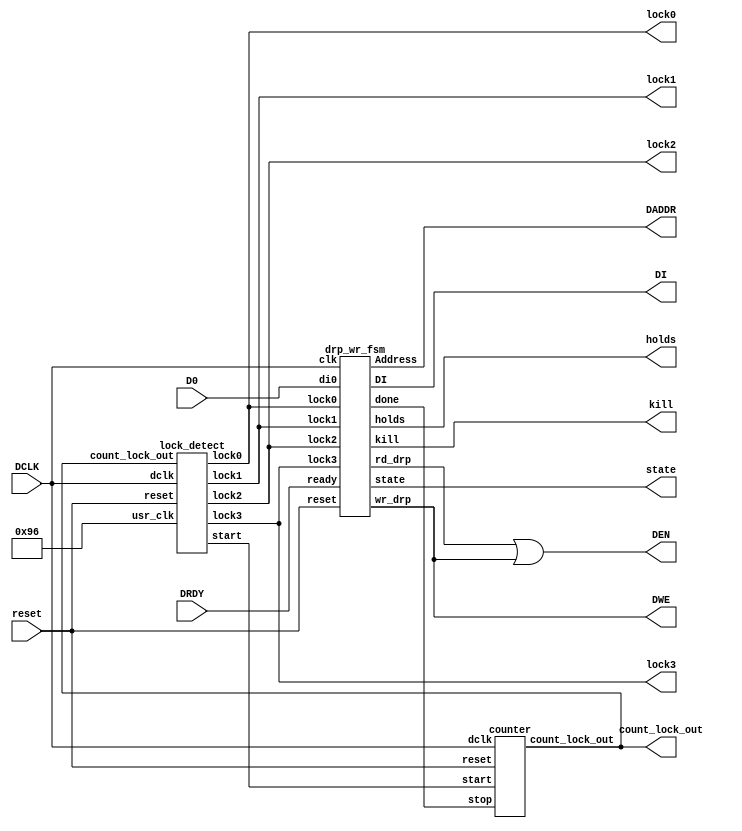
////////////////////////////////////////////////////////////////////////////////
//   ____  ____ 
//  /   /\/   / 
// /___/  \  /    Vendor: Xilinx 
// \   \   \/     Version : 2.7
//  \   \         Application : 7 Series FPGAs Transceivers Wizard 
//  /   /         Filename : gtwizard_v2_7_agc_loop_fsm.v
// /___/   /\     
// \   \  /  \ 
//  \___\/\___\ 
//
//
// Module gtwizard_v2_7_agc_loop_fsm
// Generated by Xilinx 7 Series FPGAs Transceivers Wizard
// 
// 
// (c) Copyright 2010-2012 Xilinx, Inc. All rights reserved.
// 
// This file contains confidential and proprietary information
// of Xilinx, Inc. and is protected under U.S. and
// international copyright and other intellectual property
// laws.
// 
// DISCLAIMER
// This disclaimer is not a license and does not grant any
// rights to the materials distributed herewith. Except as
// otherwise provided in a valid license issued to you by
// Xilinx, and to the maximum extent permitted by applicable
// law: (1) THESE MATERIALS ARE MADE AVAILABLE "AS IS" AND
// WITH ALL FAULTS, AND XILINX HEREBY DISCLAIMS ALL WARRANTIES
// AND CONDITIONS, EXPRESS, IMPLIED, OR STATUTORY, INCLUDING
// BUT NOT LIMITED TO WARRANTIES OF MERCHANTABILITY, NON-
// INFRINGEMENT, OR FITNESS FOR ANY PARTICULAR PURPOSE; and
// (2) Xilinx shall not be liable (whether in contract or tort,
// including negligence, or under any other theory of
// liability) for any loss or damage of any kind or nature
// related to, arising under or in connection with these
// materials, including for any direct, or any indirect,
// special, incidental, or consequential loss or damage
// (including loss of data, profits, goodwill, or any type of
// loss or damage suffered as a result of any action brought
// by a third party) even if such damage or loss was
// reasonably foreseeable or Xilinx had been advised of the
// possibility of the same.
// 
// CRITICAL APPLICATIONS
// Xilinx products are not designed or intended to be fail-
// safe, or for use in any application requiring fail-safe
// performance, such as life-support or safety devices or
// systems, Class III medical devices, nuclear facilities,
// applications related to the deployment of airbags, or any
// other applications that could lead to death, personal
// injury, or severe property or environmental damage
// (individually and collectively, "Critical
// Applications"). Customer assumes the sole risk and
// liability of any use of Xilinx products in Critical
// Applications, subject only to applicable laws and
// regulations governing limitations on product liability.
// 
// THIS COPYRIGHT NOTICE AND DISCLAIMER MUST BE RETAINED AS
// PART OF THIS FILE AT ALL TIMES. 


`timescale 1ns / 1ps
`define DLY #1
/////////AGC LOOP SETTLING CODE///////

module gtwizard_v2_7_agc_loop_fsm #(
parameter usr_clk=12'd150)
(

input  DCLK,reset,DRDY,
input  [15:0] D0,
output  [15:0] DI,
output  [3:0] holds,
output  DWE,DEN,
output  [8:0] DADDR,
output  kill,

// input[7:0] usr_clk,
output[3:0] state,
output [31:0] count_lock_out,
output  lock0,lock1,lock2,lock3
//output  start,done,lock0,lock1,lock2,lock3

);


wire rd_drp;
wire wr_drp;

assign DWE=wr_drp;
assign DEN= rd_drp | wr_drp;

drp_wr_fsm I1(
.lock0(lock0),
.lock1(lock1),
.lock2(lock2),
.lock3(lock3),
.clk(DCLK),
.reset(reset),
.ready(DRDY),
.holds(holds),
.done(done),
.kill(kill),
.state(state),
.DI(DI),
.di0(D0),
.Address(DADDR),
.rd_drp(rd_drp),
.wr_drp(wr_drp)
);


lock_detect I2( 
.start(start),
.count_lock_out(count_lock_out),
.usr_clk(usr_clk),
.dclk(DCLK),
.reset(reset),
.lock0(lock0),
.lock1(lock1),
.lock2(lock2),
.lock3(lock3)
);

counter I3(.dclk(DCLK), .reset(reset) , .count_lock_out(count_lock_out),.start(start),.stop(done) );

endmodule



module drp_wr_fsm(

input lock0,lock1,lock2,lock3,clk,reset,ready,
input[15:0] di0,
output reg [3:0] holds=0,
output reg [15:0] DI=0,
output reg [8:0] Address=0,
output reg [3:0] state=0,
output reg done=0,
output reg kill=0,
output reg rd_drp=0,
output reg wr_drp=0
);



reg[15:0] store_di0;

initial store_di0=0;
parameter



load_addr_agc=      1,
rd_drp_agc=         2,
wait_drprdy_agc=    3,
mod_drp_agc=        4,
load_drp_agc =      5,
pulse_wr_agc=       6,
wait_drp_dy_agc=    7,
lock_agc=           8,
endstate        =   9,
resetstate      =   10;

initial	    holds=4'b0;
initial     DI=16'b0;
initial     Address=9'b0;
initial     wr_drp=1'b0;
initial     rd_drp=1'b0;
initial     done=1'b0;


always @(posedge clk)

if(reset)
begin
state<=resetstate;
holds<=4'b0;
DI<=16'b0;
Address<=9'b0;
wr_drp<=1'b0;
done<=1'b0;
kill<=1'b0;

end
else
if( (lock0==1'b1 || lock1==1'b1 || lock2==1'b1 || lock3==1'b1) && (!kill)  )
begin

case (state)



resetstate:      begin
state<= load_addr_agc;
done<=0;
holds<=4'b0;
end


//AGC LOOP///

load_addr_agc:    begin
Address<=9'h01E;
state<=rd_drp_agc;
end

rd_drp_agc:       begin                    // Start Read Sequence Wait for DRPRDY
rd_drp<=1'b1;
state<=wait_drprdy_agc;
end

wait_drprdy_agc:  begin                    //  Wait for DRPRDY
rd_drp<=1'b0;
if(ready==1'b1) begin
store_di0<=di0;
state<=mod_drp_agc; end
else begin
state<=wait_drprdy_agc;
end
end

mod_drp_agc:      begin


if (lock0==1'b1 & lock1==1'b0  & lock2==1'b0 & lock3==1'b0) begin
store_di0[2:0]<=3'b011;      /// 64X
state<=load_drp_agc;
end

else if (lock1==1'b1  & lock2==1'b0 & lock3==1'b0) begin
store_di0[2:0]<=3'b010;      /// 16X
state<=load_drp_agc;
end
else if(lock2==1'b1 & lock3==1'b0) begin
store_di0[2:0]<=3'b001;     // 4X
state<=load_drp_agc;
end
else if (lock3==1'b1) begin
store_di0[2:0]<=3'b000;   /// 1X
state<=load_drp_agc;
end
end


load_drp_agc: 
begin
state<=pulse_wr_agc;
DI<=store_di0;
end
                          


pulse_wr_agc:
begin
wr_drp<=1'b1;
state<=wait_drp_dy_agc;
end

wait_drp_dy_agc:
begin
wr_drp<=1'b0;
if( ready==1'b1 )
begin
DI<=store_di0;
state<=lock_agc;
end
end

lock_agc:
begin
if (done==1'b1)
begin
state<=endstate;
end

  	else if( lock0==1'b1 & lock1==1'b0)
  	begin
  	state<=mod_drp_agc;
  	end

   else if( lock1==1'b1 & lock2==1'b0)
  	begin
  	state<=mod_drp_agc;
  	end

	else if( lock2==1'b1 & lock3==1'b0 )
	begin
	state<=mod_drp_agc;
	end

	else if (lock3==1'b1)
	begin
	state<=mod_drp_agc;
	done<=1'b1;
	end
  
else state<=lock_agc;

end

endstate:
begin
holds<=4'b1011;
DI<=16'd0;
Address<=9'd0;
wr_drp<=1'b0;
rd_drp<=1'b0;
kill<=done;
end


default:  state <=  4'bx;


endcase

end
endmodule



module lock_detect ( dclk,reset,lock0,lock1,lock2,lock3,start,count_lock_out,usr_clk);
  
  output lock0,lock1,lock2,lock3,start;
  input[31:0] count_lock_out;
  input[11:0] usr_clk;
  input dclk,reset;
  reg lock0,lock1,lock2,lock3,start;
  initial start=0;
 
  initial lock0=0;
  initial lock1=0;
  initial lock2=0;
  initial lock3=0;
  
   always @ (posedge dclk)
   begin
   if (reset == 1'b1) begin
   lock0<=0;
   lock1<=0;
   lock2<=0;
   lock3<=0;
   start<=0;  
   
end

else   begin

start<=1;

if  (count_lock_out==5)
begin
lock0<=1; end


else if  (count_lock_out==(40*usr_clk))
begin
lock1<=1; end


else  if  (count_lock_out==(160*usr_clk)) begin
lock2<=1; end
else  if  (count_lock_out==(640*usr_clk)) begin
lock3<=1;
start<=0;

end


end
end

endmodule


module counter (dclk, reset, count_lock_out,start,stop);
input reset,start,stop;
input dclk ;

output [31:0] count_lock_out ;

reg [31:0] count_lock_out ;
initial count_lock_out=0;


always @ (posedge dclk)
begin : COUNTER

if (reset == 1'b1 |  stop == 1'b1) begin
count_lock_out <= 32'b0;
end

else if (start == 1'b1  ) begin
count_lock_out <= count_lock_out + 1; end
else  begin

count_lock_out<=0; end

end
endmodule